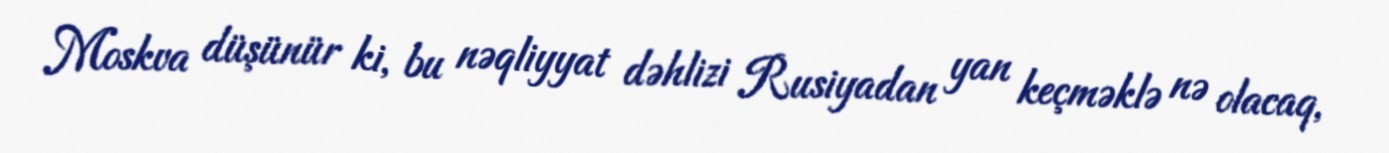
Moskva düşünür ki, bu nəqliyyat dəhlizi Rusiyadan yan keçməklə nə olacaq,